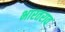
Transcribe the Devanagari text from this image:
भारतराव